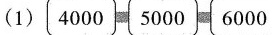
(1) 4000 5000 6000